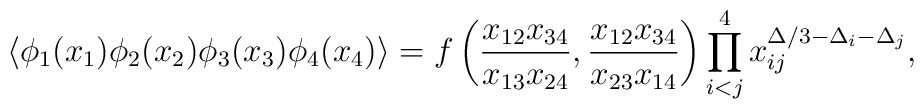
\langle\phi_{1}(x_{1})\phi_{2}(x_{2})\phi_{3}(x_{3})\phi_{4}(x_{4})\rangle=f\left(\frac{x_{12}x_{34}}{x_{13}x_{24}}, \frac{x_{12}x_{34}}{x_{23}x_{14}}\right)\prod_{i<j}^{4}x_{ij}^{\Delta/3-\Delta_{i}-\Delta_{j}},